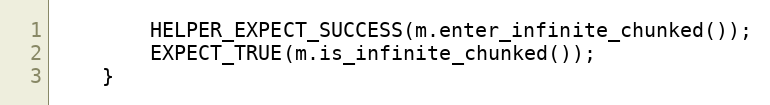
Language: C++
	    HELPER_EXPECT_SUCCESS(m.enter_infinite_chunked());
	    EXPECT_TRUE(m.is_infinite_chunked());
	}